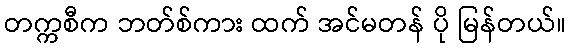
တက္ကစီက ဘတ်စ်ကား ထက် အင်မတန် ပို မြန်တယ်။